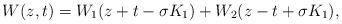
LaTeX: \begin{align*}W(z,t)= W_1(z+t-\sigma K_1)+W_2(z-t+\sigma K_1), \end{align*}